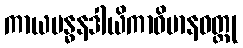
ကာယဗန္ဓနဒါယိကာဝိမာနဝတ္ထု